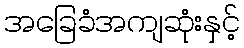
အခြေခံအကျဆုံးနှင့်